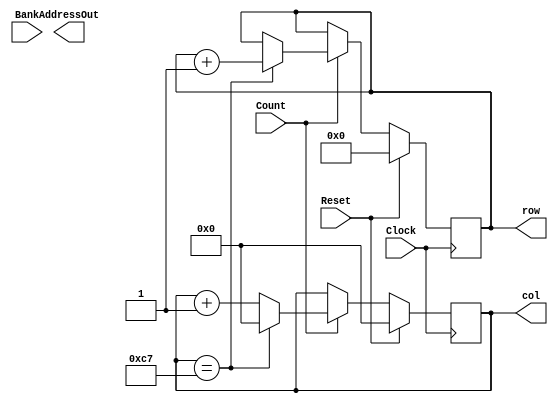
`timescale 1ns / 1ps
module AddressCounter(  Clock,
                        Reset,
                        AddressOut,
                        Count,
                        Bank,
								row,
								col);

    input               Clock;
    input               Reset;

    output      [23:0]  AddressOut;

    input               Count;
    input       [1:0]   Bank;


	output [12:0] row;
	output [8:0] col;
    // Start implementing here.
	
			
	 reg			[12:0]	row;
	 reg			[8:0]		col;
	 
	
	 always @(posedge Clock) begin
		if (Reset) begin
			row = 12'b000000000000;
			col = 9'b000000000;
		end
		else if (Count) begin
			if (col == 199) begin
				col = 9'b000000000;
				row = row+1;
			end
			else begin
				col = col+1;
			end
		end

	 end

endmodule